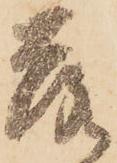
落